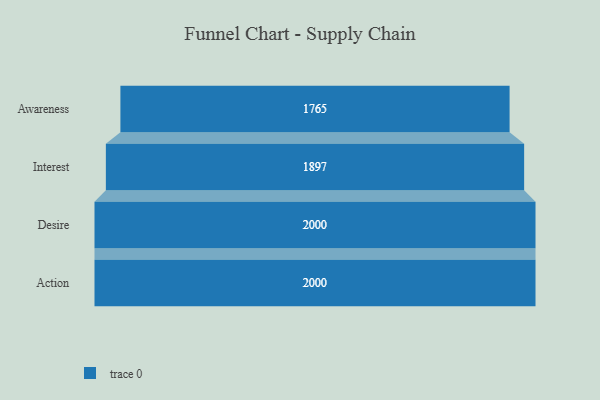
{"axis": {"x": "Stage", "y": "Value"}, "legend": [""], "data": [{"x": "Awareness", "y": 1765.0, "type": ""}, {"x": "Interest", "y": 1897.0, "type": ""}, {"x": "Desire", "y": 2000, "type": ""}, {"x": "Action", "y": 2000, "type": ""}]}